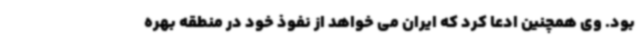
بود. وی همچنین ادعا کرد که ایران می خواهد از نفوذ خود در منطقه بهره